Civil Veterinary Department Bengal reports 1933-51 - 1933-1951
Year: 1933
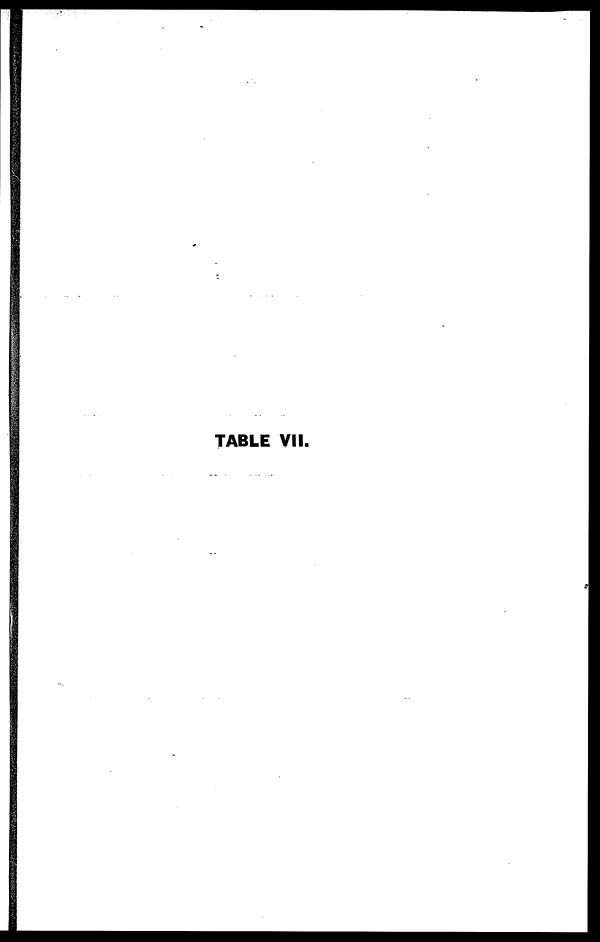
TABLE VII.